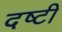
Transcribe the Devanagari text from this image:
दष्टी